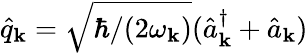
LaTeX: \hat{q}_{\mathbf k}=\sqrt{\hbar/(2\omega_{\mathbf k})}(\hat{a}_{\mathbf k}^{\dagger}+\hat{a}_{\mathbf k})